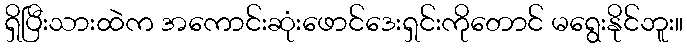
ရှိပြီးသားထဲက အကောင်းဆုံးဖောင်ဒေးရှင်းကိုတောင် မရွေးနိုင်ဘူး။